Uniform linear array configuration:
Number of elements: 24
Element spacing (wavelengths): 0.25
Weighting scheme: hamming
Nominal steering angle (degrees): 45
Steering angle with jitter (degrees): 46.58
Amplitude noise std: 0.05
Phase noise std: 0.05

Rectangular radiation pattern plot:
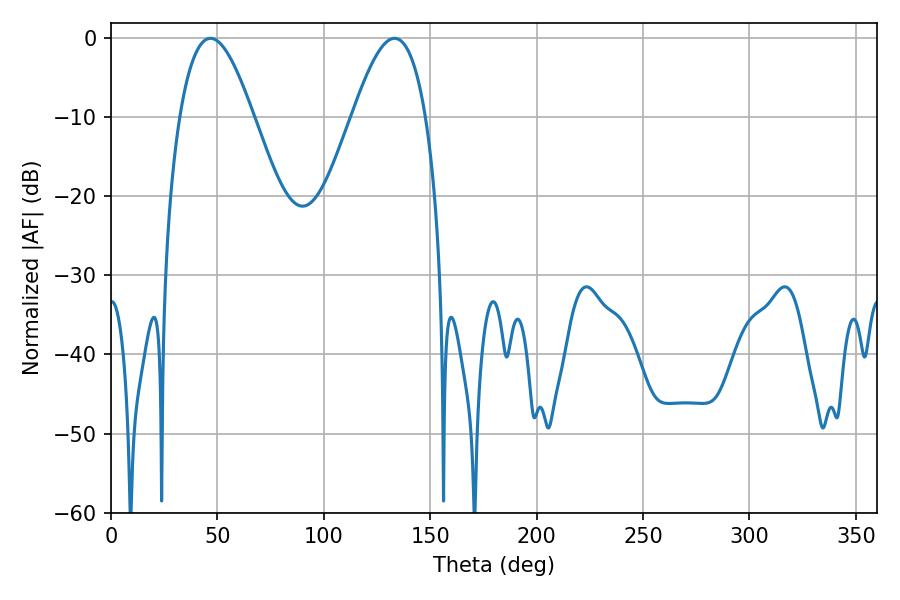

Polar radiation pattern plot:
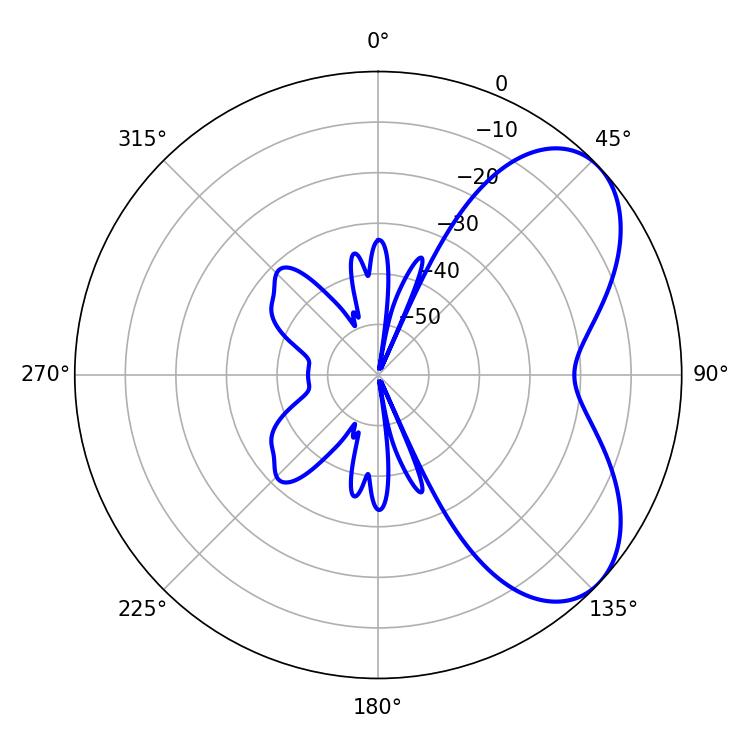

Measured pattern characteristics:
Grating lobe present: FALSE
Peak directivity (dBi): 5.746
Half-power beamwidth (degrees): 18.72
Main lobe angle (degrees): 46.8